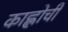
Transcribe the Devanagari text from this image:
काह्लोची